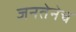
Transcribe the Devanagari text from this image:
जनतेनेच